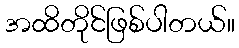
အထိတိုင်ဖြစ်ပါတယ်။